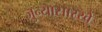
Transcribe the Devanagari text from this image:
जुन्यासारखे